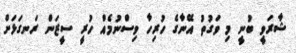
ޝާރަވީ ބުނީ މި ވަގުތު އޭނާގެ ހުރިހާ ވިސްނުމެއް ހުރީ ސީޒަން ރަނގަޅަށް